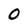
Character: 0